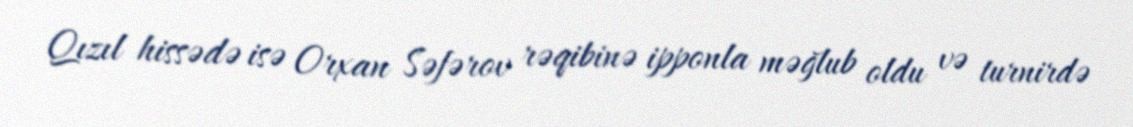
Qızıl hissədə isə Orxan Səfərov rəqibinə ipponla məğlub oldu və turnirdə